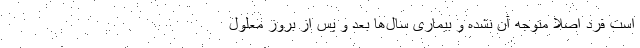
است فرد اصلا متوجه آن نشده و بیماری سال‌ها بعد و پس از بروز معلول